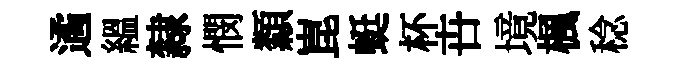
遹緼隸憫纇崑蜓杯卋境楓稔